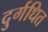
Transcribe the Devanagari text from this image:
दुर्गधित